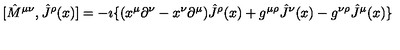
[ { \hat { M } } ^ { \mu \nu } , { \hat { J } } ^ { \rho } ( x ) ] = - \imath \{ ( x ^ { \mu } \partial ^ { \nu } - x ^ { \nu } \partial ^ { \mu } ) { \hat { J } } ^ { \rho } ( x ) + g ^ { \mu \rho } { \hat { J } } ^ { \nu } ( x ) - g ^ { \nu \rho } { \hat { J } } ^ { \mu } ( x ) \}